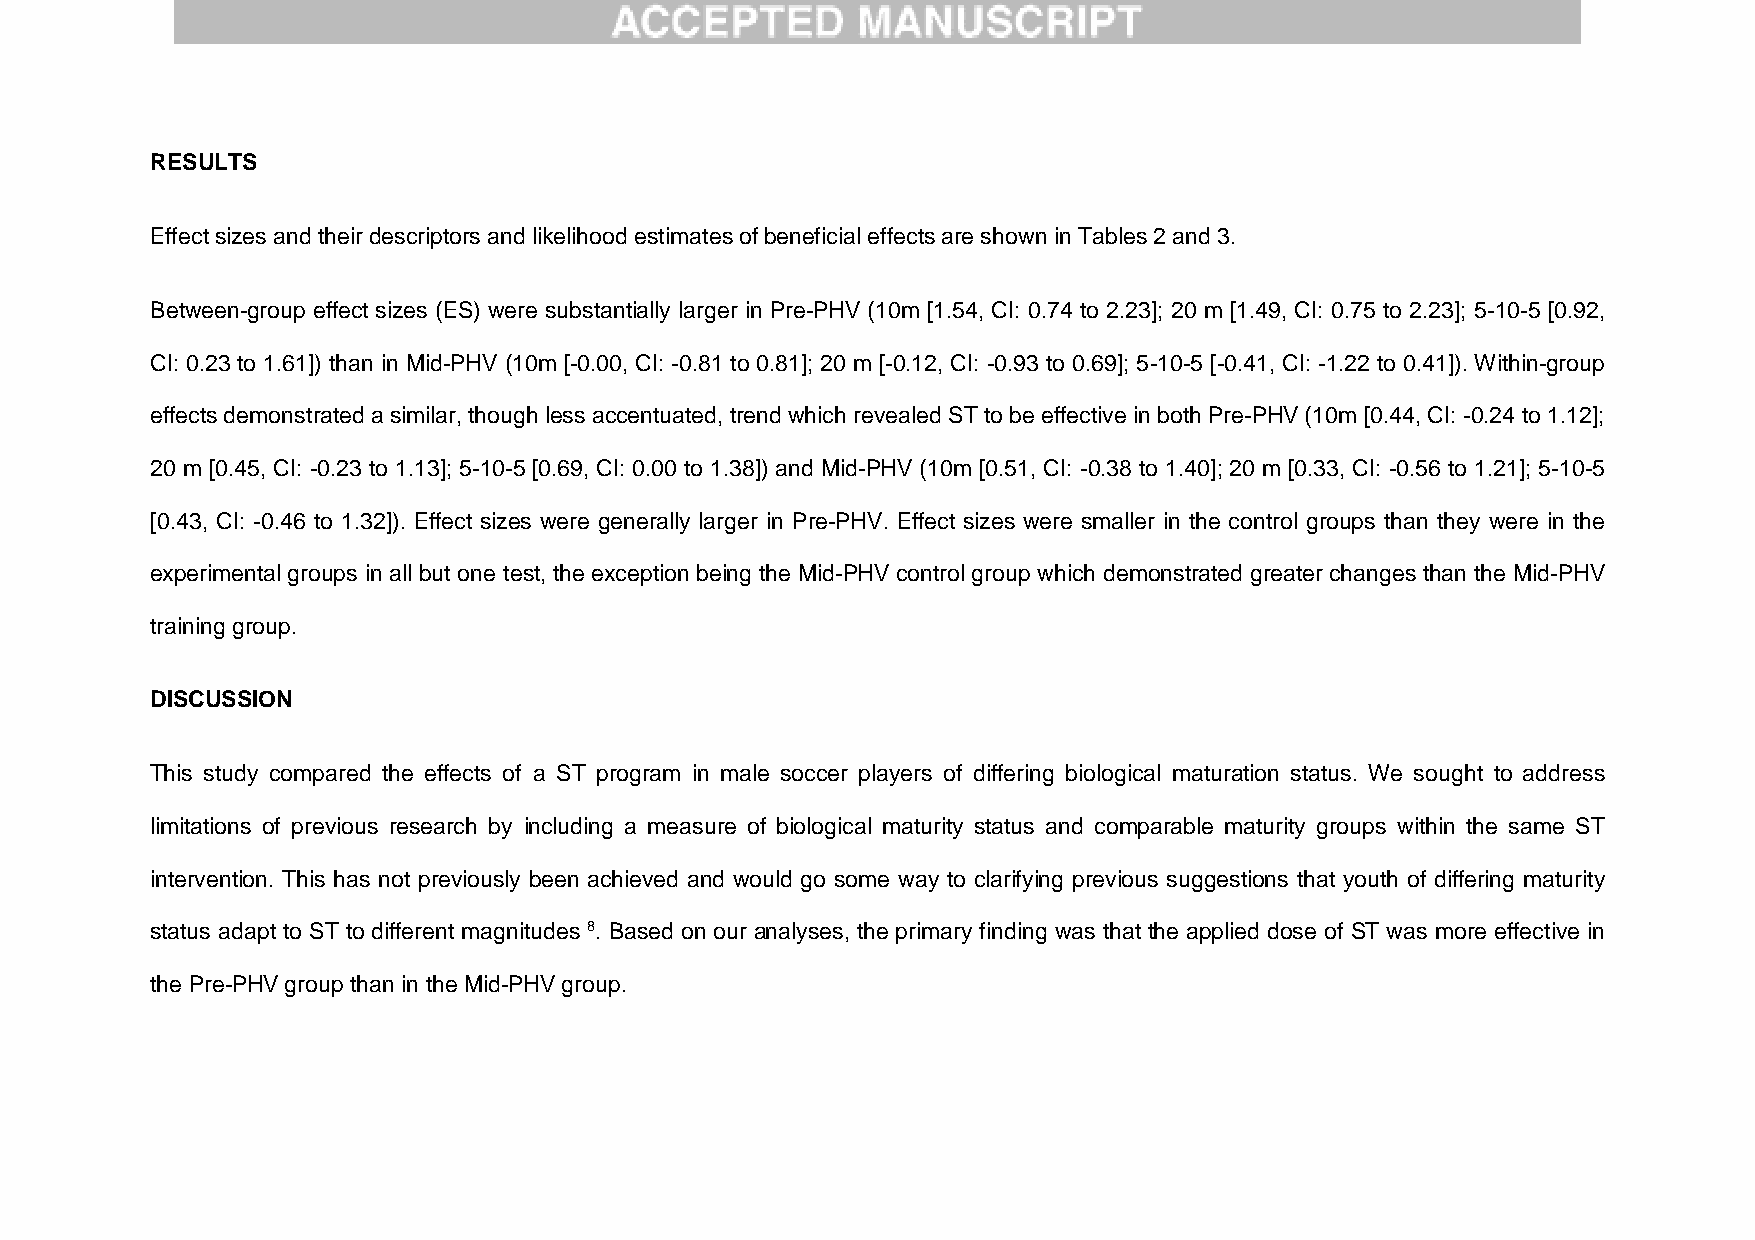
RESULTS
 Effect sizes and their descriptors and likelihood estimates of beneficial effects are shown in Tables 2 and 3.
 Between-group effect sizes (ES) were substantially larger in Pre-PHV (10m [1.54, CI: 0.74 to 2.23]; 20 m [1.49, CI: 0.75 to 2.23]; 5-10-5 [0.92,
 CI: 0.23 to 1.61]) than in Mid-PHV (10m [-0.00, CI: -0.81 to 0.81]; 20 m [-0.12, CI: -0.93 to 0.69]; 5-10-5 [-0.41, CI: -1.22 to 0.41]). Within-group
 effects demonstrated a similar, though less accentuated, trend which revealed ST to be effective in both Pre-PHV (10m [0.44, CI: -0.24 to 1.12];
 20 m [0.45, CI: -0.23 to 1.13]; 5-10-5 [0.69, CI: 0.00 to 1.38]) and Mid-PHV (10m [0.51, CI: -0.38 to 1.40]; 20 m [0.33, CI: -0.56 to 1.21]; 5-10-5
 [0.43, CI: -0.46 to 1.32]). Effect sizes were generally larger in Pre-PHV. Effect sizes were smaller in the control groups than they were in the
 experimental groups in all but one test, the exception being the Mid-PHV control group which demonstrated greater changes than the Mid-PHV
 training group.
 DISCUSSION
 This study compared the effects of a ST program in male soccer players of differing biological maturation status. We sought to address
 limitations of previous research by including a measure of biological maturity status and comparable maturity groups within the same ST
 intervention. This has not previously been achieved and would go some way to clarifying previous suggestions that youth of differing maturity
 status adapt to ST to different magnitudes 8. Based on our analyses, the primary finding was that the applied dose of ST was more effective in
 the Pre-PHV group than in the Mid-PHV group.